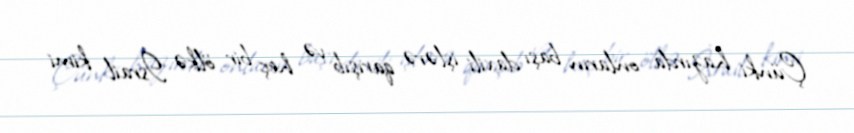
Çünki hazırda onların başı daxili işlərə qarışıb və heç bir ölkə İsrail kimi